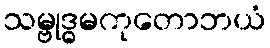
သမ္ဗုဒ္ဓမကုတောဘယံ